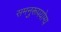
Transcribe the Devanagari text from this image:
समनुरूपयोग्य